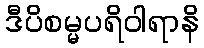
ဒီပိစမ္မပရိဝါရာနိ